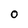
Character: 0